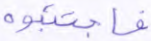
فاجتنبوه